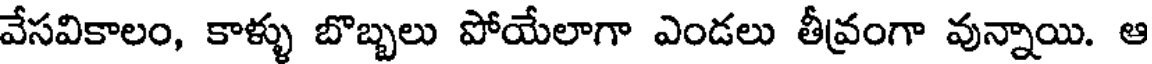
వేసవికాలం, కాళ్ళు బొబ్బలు పోయేలాగా ఎండలు తీవ్రంగా వున్నాయి. ఆ